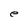
Character: e